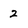
Character: 2